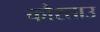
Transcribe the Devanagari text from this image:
कौस्ताउ